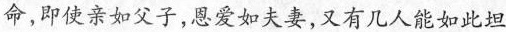
命，即使亲如父子，恩爱如夫妻，又有几人能如此坦